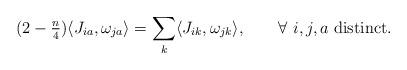
LaTeX: \begin{align*}(2-\tfrac n4) \langle J_{ia}, \omega_{ja} \rangle = \sum_k \langle J_{ik}, \omega_{jk} \rangle,\qquad\forall\ \textrm{$i,j,a$ distinct.}\end{align*}